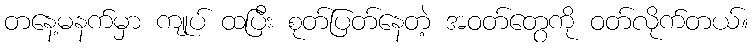
တနေ့မနက်မှာ ကျုပ် ထပြီး စုတ်ပြတ်နေတဲ့ အဝတ်တွေကို ဝတ်လိုက်တယ်။